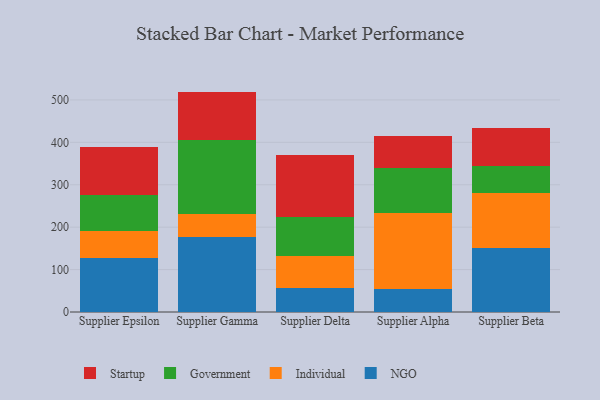
{"axis": {"x": "Supplier", "y": "Conversion Rate (%)"}, "legend": ["Government", "Individual", "NGO", "Startup"], "data": [{"x": "Supplier Epsilon", "y": 127.2, "type": "NGO"}, {"x": "Supplier Epsilon", "y": 62.8, "type": "Individual"}, {"x": "Supplier Epsilon", "y": 85.4, "type": "Government"}, {"x": "Supplier Epsilon", "y": 112.8, "type": "Startup"}, {"x": "Supplier Gamma", "y": 177.5, "type": "NGO"}, {"x": "Supplier Gamma", "y": 53.1, "type": "Individual"}, {"x": "Supplier Gamma", "y": 175.3, "type": "Government"}, {"x": "Supplier Gamma", "y": 113.7, "type": "Startup"}, {"x": "Supplier Delta", "y": 57.0, "type": "NGO"}, {"x": "Supplier Delta", "y": 74.9, "type": "Individual"}, {"x": "Supplier Delta", "y": 91.3, "type": "Government"}, {"x": "Supplier Delta", "y": 147.4, "type": "Startup"}, {"x": "Supplier Alpha", "y": 55.1, "type": "NGO"}, {"x": "Supplier Alpha", "y": 179.3, "type": "Individual"}, {"x": "Supplier Alpha", "y": 104.2, "type": "Government"}, {"x": "Supplier Alpha", "y": 77.1, "type": "Startup"}, {"x": "Supplier Beta", "y": 150.8, "type": "NGO"}, {"x": "Supplier Beta", "y": 130.0, "type": "Individual"}, {"x": "Supplier Beta", "y": 63.4, "type": "Government"}, {"x": "Supplier Beta", "y": 89.3, "type": "Startup"}]}